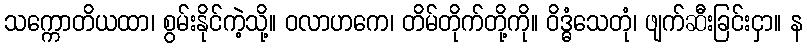
သက္ကောတိယထာ၊ စွမ်းနိုင်ကဲ့သို့။ ဝလာဟကေ၊ တိမ်တိုက်တို့ကို။ ဝိဒ္ဓံသေတုံ၊ ဖျက်ဆီးခြင်းငှာ။ န